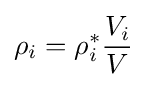
\rho _{i}=\rho _{i}^{*}{\frac {V_{i}}{V}}